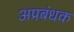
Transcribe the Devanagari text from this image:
अप्रबंधक